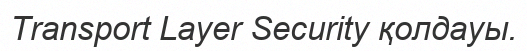
Transport Layer Security қолдауы.